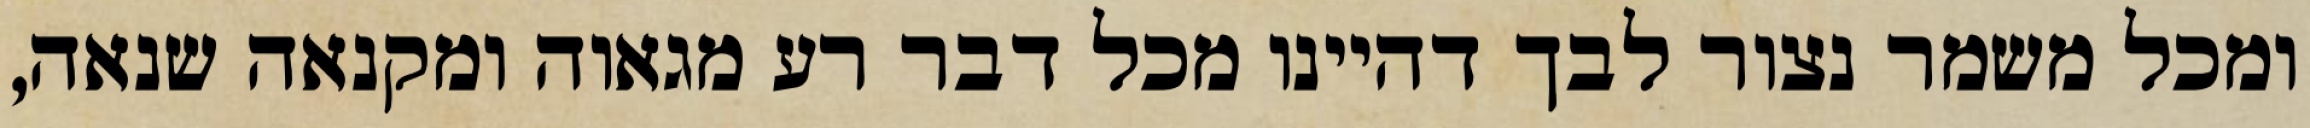
ומכל משמר נצור לבך דהיינו מכל דבר רע מגאוה ומקנאה שנאה,